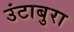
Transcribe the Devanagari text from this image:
उंटाबुरा